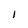
Character: I